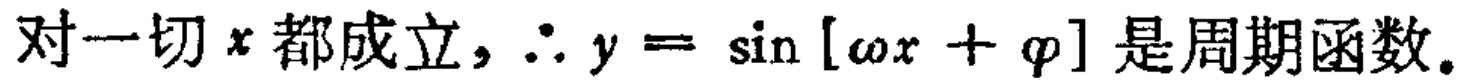
对一切\(x\)都成立，\(\therefore y = \sin[\omega x + \varphi]\)是周期函数。